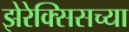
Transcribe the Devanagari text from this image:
झेरेक्सिसच्या